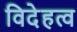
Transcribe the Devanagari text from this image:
विदेहत्व